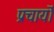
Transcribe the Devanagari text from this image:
प्रचार्यो